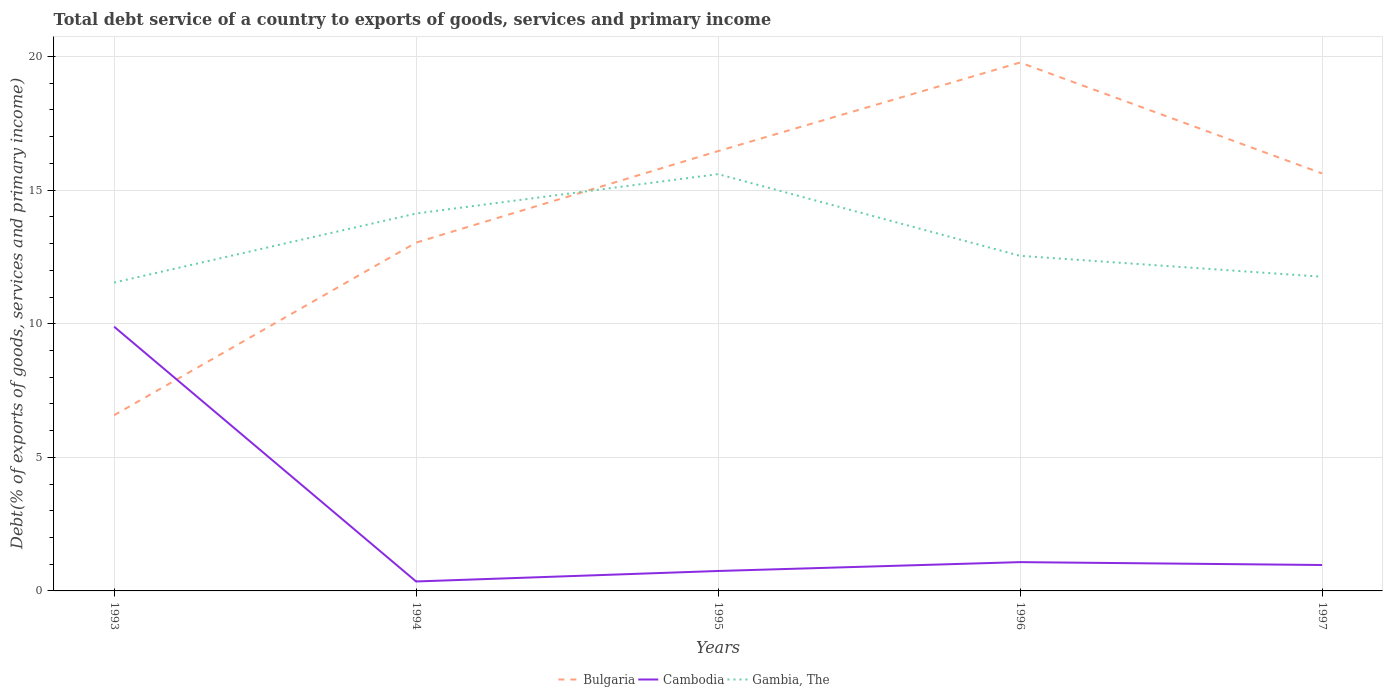
| Years | Bulgaria | Cambodia | Gambia, The |
 | --- | --- | --- | --- |
 | 1993 | 6.58 | 9.89 | 11.5 |
 | 1994 | 13 | 0.354 | 14.1 |
 | 1995 | 16.5 | 0.746 | 15.6 |
 | 1996 | 19.8 | 1.08 | 12.5 |
 | 1997 | 15.6 | 0.97 | 11.8 |